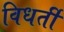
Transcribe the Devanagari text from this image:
विधर्ती